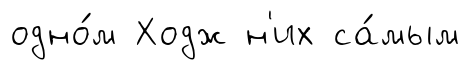
одно́м Ходж н'их са́мым